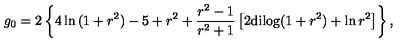
g _ { 0 } = 2 \left\{ 4 \ln { ( 1 + r ^ { 2 } ) } - 5 + r ^ { 2 } + { \frac { r ^ { 2 } - 1 } { r ^ { 2 } + 1 } } \left[ 2 \mathrm { d i l o g } ( 1 + r ^ { 2 } ) + \ln { r ^ { 2 } } \right] \right\} ,